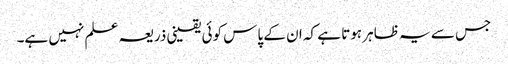
جس سے یہ ظاہر ہوتا ہے کہ ان کے پاس کوئی یقینی ذریعہ علم نہیں ہے۔